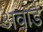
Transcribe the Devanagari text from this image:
अवाॅर्ड